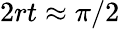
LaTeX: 2rt\approx\pi/2